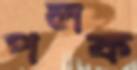
পলক